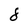
Character: 8